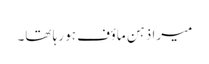
میرا ذہن ماؤف ہو رہا تھا۔